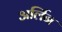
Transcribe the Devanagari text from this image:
अर्लिन